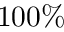
1 0 0 \%